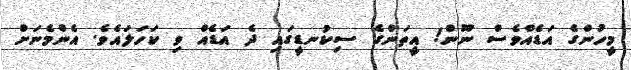
މީހުންގެ އަޑެއްވެސް ނޫން! އީތަންގެ ސިކުނޑީގައި ދެ އަޑެއް ވި ކަހަލައެވެ. އެންމެނަށް